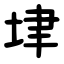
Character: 垏